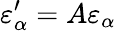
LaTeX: \varepsilon_{\alpha}^{\prime}=A\varepsilon_{\alpha}